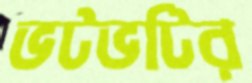
ভটভটির